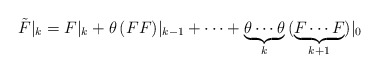
\begin{align*}\tilde{F}|_k=F|_k+\theta\,(FF)|_{k-1}+\cdots+\underbrace{\theta\cdots\theta}_k\,(\underbrace{F\cdots F}_{k+1})|_0\end{align*}